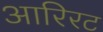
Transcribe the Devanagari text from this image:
आरिरट